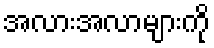
အလားအလာများကို